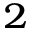
^ { 2 }